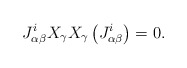
\begin{align*}J_{\alpha\beta}^{i}X_\gamma X_\gamma\left(J_{\alpha\beta}^{i}\right)=0.\end{align*}